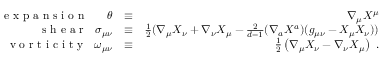
\begin{array} { r l r } { \textrm { e x p a n s i o n } \ \ \ \ \ \theta } & { \equiv } & { \nabla _ { \mu } X ^ { \mu } } \\ { \textrm { s h e a r } \ \ \sigma _ { \mu \nu } } & { \equiv } & { \frac { 1 } { 2 } ( \nabla _ { \mu } X _ { \nu } + \nabla _ { \nu } X _ { \mu } - \frac { 2 } { d - 1 } ( \nabla _ { a } X ^ { a } ) ( g _ { \mu \nu } - X _ { \mu } X _ { \nu } ) ) } \\ { \textrm { v o r t i c i t y } \ \ \omega _ { \mu \nu } } & { \equiv } & { \frac { 1 } { 2 } \left( \nabla _ { \mu } X _ { \nu } - \nabla _ { \nu } X _ { \mu } \right) \ . } \end{array}